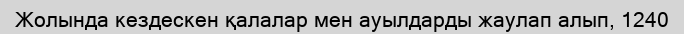
Жолында кездескен қалалар мен ауылдарды жаулап алып, 1240